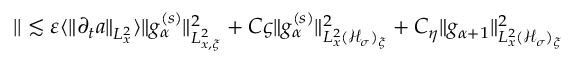
\begin{array} { r } { | | \lesssim \varepsilon \langle \| \partial _ { t } a \| _ { L _ { x } ^ { 2 } } \rangle \| g _ { \alpha } ^ { ( s ) } \| _ { L _ { x , \xi } ^ { 2 } } ^ { 2 } + C \varsigma \| g _ { \alpha } ^ { ( s ) } \| _ { L _ { x } ^ { 2 } ( \mathcal H _ { \sigma } ) _ { \xi } } ^ { 2 } + C _ { \eta } \| g _ { \alpha + 1 } \| _ { L _ { x } ^ { 2 } ( \mathcal H _ { \sigma } ) _ { \xi } } ^ { 2 } } \end{array}